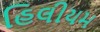
હિલીયમ